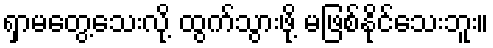
ရှာမတွေ့သေးလို့ ထွက်သွားဖို့ မဖြစ်နိုင်သေးဘူး။